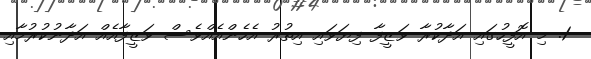
1. މި އޮފީހުގައި އަދާކުރާ ވަޒީފާ ފިޔަވައި އިތުރު އެހެންއެއްވެސް ވަޒީފާއެއް އަދާނުކުރުމާއި